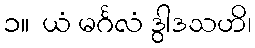
၁။  ယံ မင်္ဂလံ ဒွါဒသဟိ၊